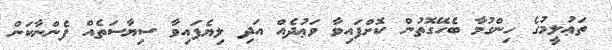
ތަޢުލީމުގެ ހިންގުމާ ބެހޭގޮތުން ކޮށްފައިވާ ވަޢުދެއް އަދި ލިޔެފައިވާ ސިޔާސަތެއް ފެންނާކަން